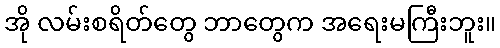
အို လမ်းစရိတ်တွေ ဘာတွေက အရေးမကြီးဘူး။